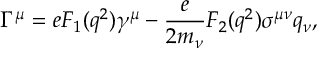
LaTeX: \Gamma ^ { \mu } = e F _ { 1 } ( q ^ { 2 } ) \gamma ^ { \mu } - \frac { e } { 2 m _ { \nu } } F _ { 2 } ( q ^ { 2 } ) \sigma ^ { \mu \nu } q _ { \nu } ,